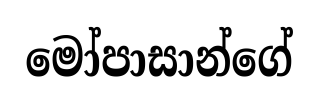
මෝපාසාන්ගේ